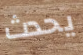
يحدث